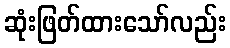
ဆုံးဖြတ်ထားသော်လည်း